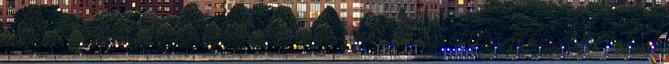
már amennyiben nekik gond. Nekem az ellenzéki oldal vén